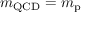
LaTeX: m _ { \mathrm { Q C D } } = m _ { \mathrm { p } }